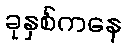
ခုနှစ်ကနေ